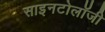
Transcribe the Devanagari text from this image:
साइनटोलॉजी